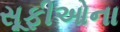
સૂફીઓના